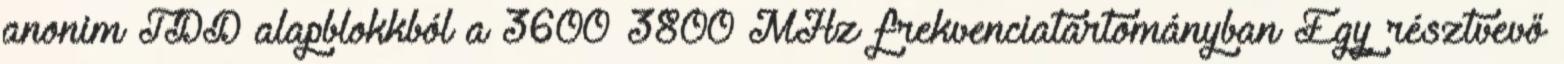
anonim TDD alapblokkból a 3600–3800 MHz frekvenciatartományban Egy résztvevő